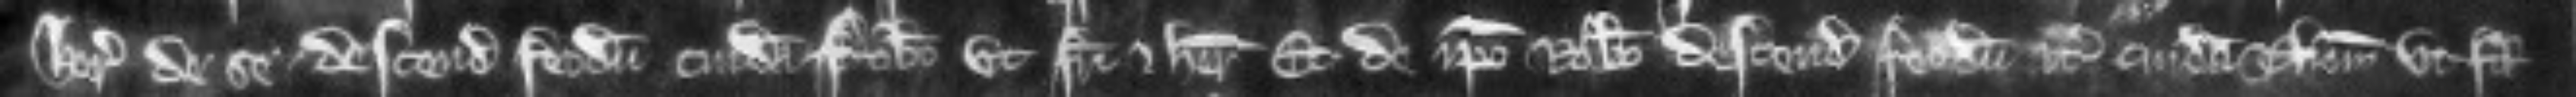
herede de se descendit feodum cuidam Roberto ut fratri et heredi et de ipso Roberto descendit feodum etc cuidam Thoma ut filio